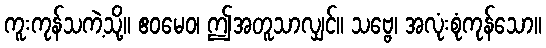
ကူးကုန်သကဲ့သို့။ ဧဝမေဝ၊ ဤအတူသာလျှင်။ သဗ္ဗေ၊ အလုံးစုံကုန်သော။